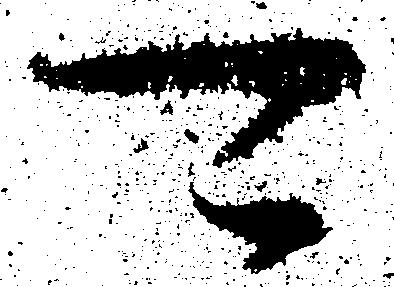
可